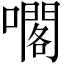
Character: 𡁤